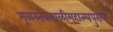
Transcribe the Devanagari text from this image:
मूळस्तंबसाळीमहात्म्यपुराण